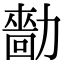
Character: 𠢳